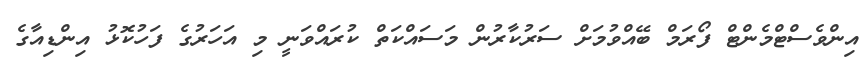
އިންވެސްޓްމެންޓް ފޯރަމް ބޭއްވުމަށް ސަރުކާރުން މަސައްކަތް ކުރައްވަނީ މި އަހަރުގެ ފަހުކޮޅު އިންޑިއާގެ